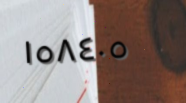
١٥٨٤٠٥